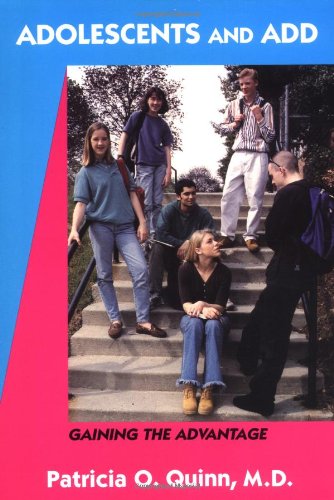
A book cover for Adolescents and ADD: Gaining the Advantage; Patricia O. Quinn; Health, Fitness & Dieting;